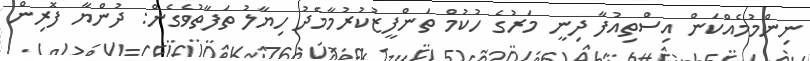
ނިންމުމެއްކަން އިސްތިއުފާ ދިނީ މަރުގެ ހުކުމް ތަންފީޒުކުރުމާމެދު ހިޔާލު ތަފާތުވެގެން: ދުންޔާ ފޮރިން